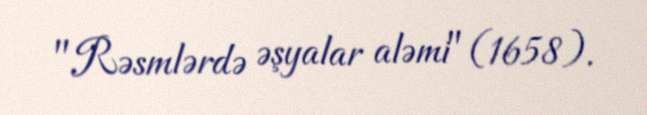
"Rəsmlərdə əşyalar aləmi" (1658).